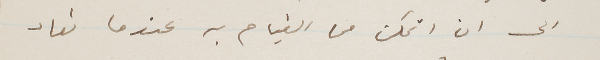
الى ان اتمكن  من القيام به عندما تعاد